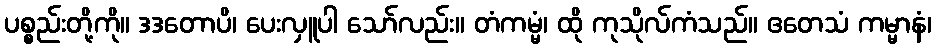
ပစ္စည်းတို့ကို။ ဒဒတောပိ၊ ပေးလှူပါ သော်လည်း။ တံကမ္မံ၊ ထို ကုသိုလ်ကံသည်။ ဧတေသံ ကမ္မာနံ၊